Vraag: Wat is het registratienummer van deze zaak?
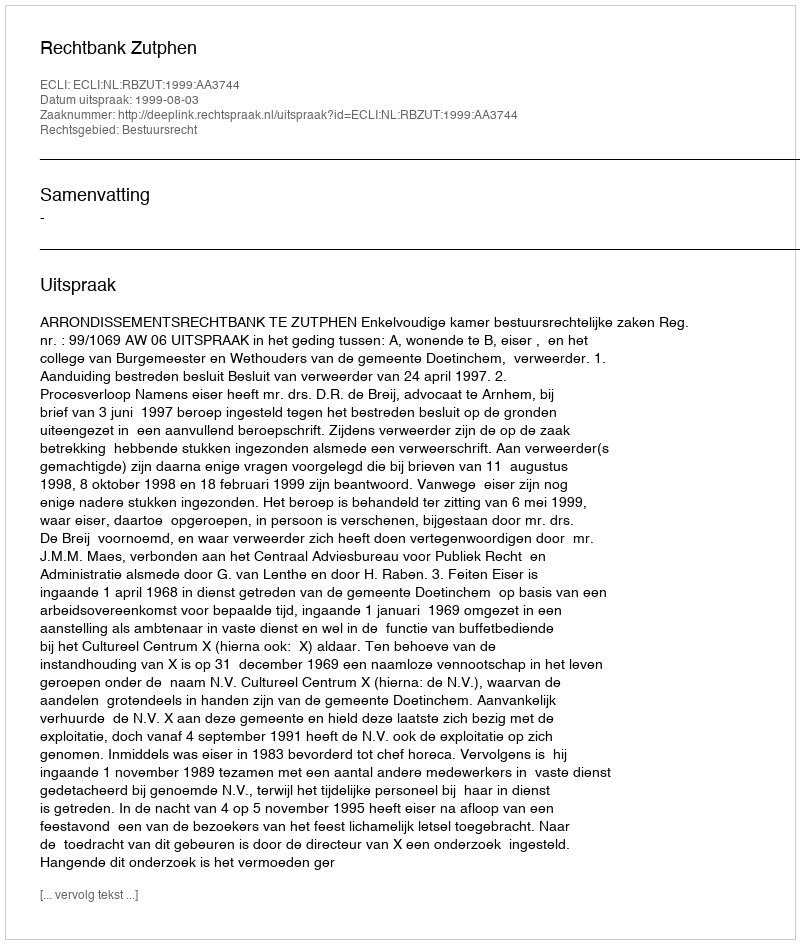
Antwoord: http://deeplink.rechtspraak.nl/uitspraak?id=ECLI:NL:RBZUT:1999:AA3744